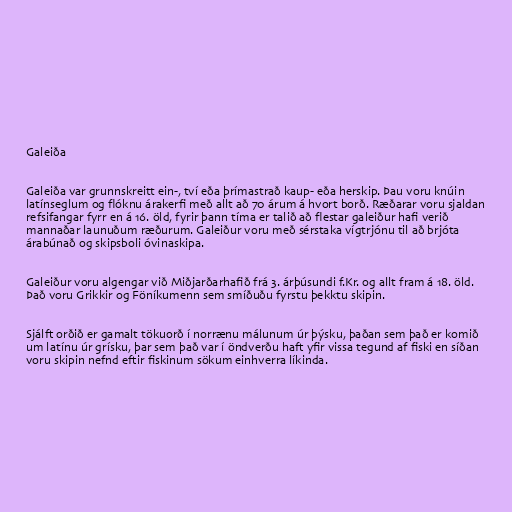
Galeiða

Galeiða var grunnskreitt ein-, tví eða þrímastrað kaup- eða herskip. Þau voru knúin
latínseglum og flóknu árakerfi með allt að 70 árum á hvort borð. Ræðarar voru sjaldan
refsifangar fyrr en á 16. öld, fyrir þann tíma er talið að flestar galeiður hafi verið
mannaðar launuðum ræðurum. Galeiður voru með sérstaka vígtrjónu til að brjóta
árabúnað og skipsboli óvinaskipa.

Galeiður voru algengar við Miðjarðarhafið frá 3. árþúsundi f.Kr. og allt fram á 18. öld.
Það voru Grikkir og Föníkumenn sem smíðuðu fyrstu þekktu skipin.

Sjálft orðið er gamalt tökuorð í norrænu málunum úr þýsku, þaðan sem það er komið
um latínu úr grísku, þar sem það var í öndverðu haft yfir vissa tegund af fiski en síðan
voru skipin nefnd eftir fiskinum sökum einhverra líkinda.